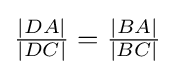
{\tfrac {|DA|}{|DC|}}={\tfrac {|BA|}{|BC|}}